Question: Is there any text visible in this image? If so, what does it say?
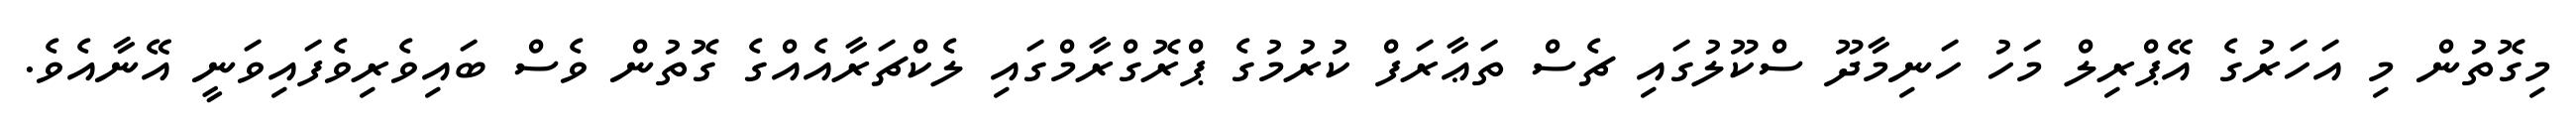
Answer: މިގޮތުން މި އަހަރުގެ އޭޕްރިލް މަހު ހަނިމާދޫ ސްކޫލުގައި ޗެސް ތަޢާރަފް ކުރުމުގެ ޕްރޮގްރާމްގައި ލެކްޗަރާއެއްގެ ގޮތުން ވެސް ބައިވެރިވެފައިވަނީ އޭނާއެވެ.